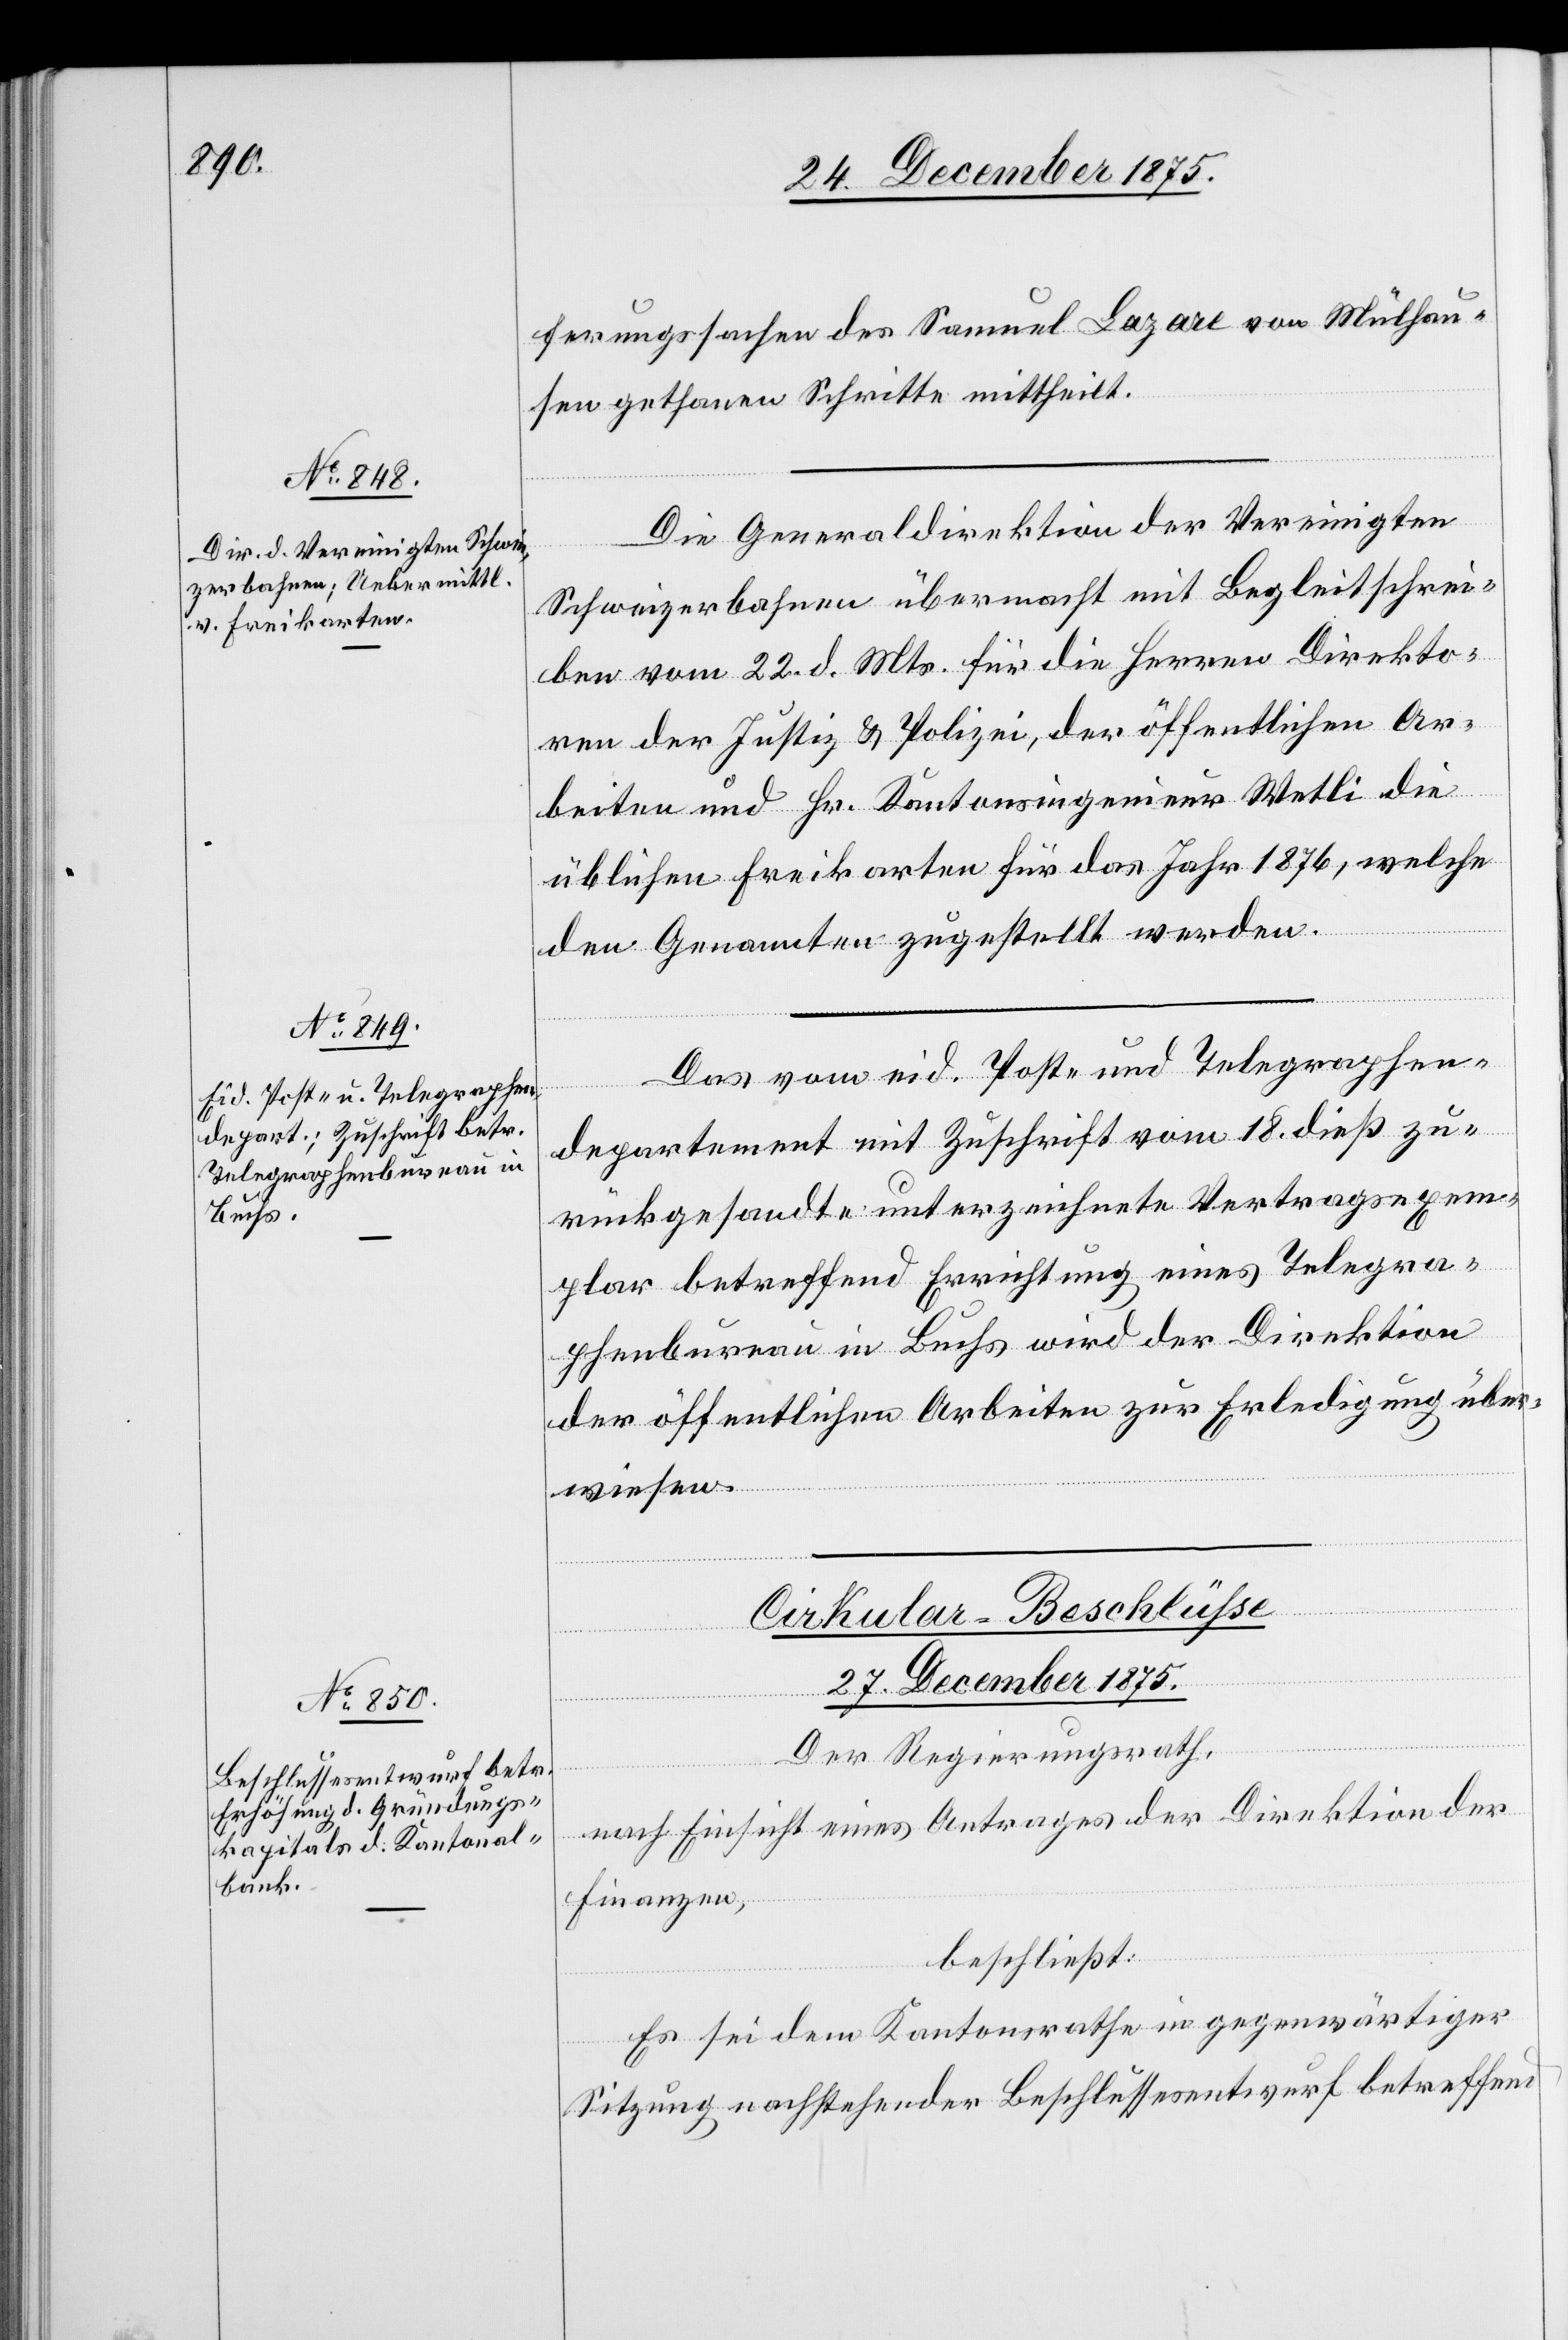
24. December 1875.]
ferungssachen des Samuel Lazare von Mülhau¬
sen gethanen Schritte mittheilt.
Die Generaldirektion der Vereinigten
Schweizerbahnen übermacht mit Begleitschrei¬
ben vom 22. d. Mts. für die Herren Direkto¬
ren der Justiz & Polizei, der öffentlichen Ar¬
beiten und Hr. Kantonsingenieur Wetli die
üblichen Freikarten für das Jahr 1876, welche
den Genannten zugestellt werden.
Das vom eid. Post- und Telegraphen¬
departement mit Zuschrift vom 18. dieß zu¬
rückgesandte unterzeichnete Vertragsexem¬
plar betreffend Errichtung eines Telegra¬
phenbureau in Buchs wird der Direktion
der öffentlichen Arbeiten zur Erledigung über¬
wiesen.
Cirkular-Beschlüße
27. December 1875.
Der Regierungsrath,
nach Einsicht eines Antrages der Direktion der
Finanzen,
beschließt:
Es sei dem Kantonsrathe in gegenwärtiger
Sitzung nachstehender Beschlussesentwurf betreffend